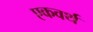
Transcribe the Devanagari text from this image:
एकवर्थ